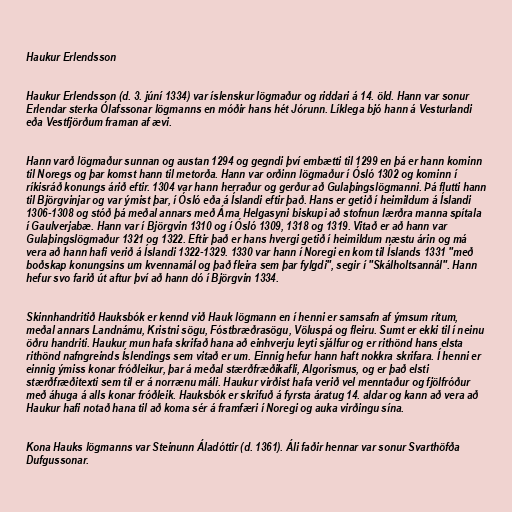
Haukur Erlendsson

Haukur Erlendsson (d. 3. júní 1334) var íslenskur lögmaður og riddari á 14. öld. Hann var sonur
Erlendar sterka Ólafssonar lögmanns en móðir hans hét Jórunn. Líklega bjó hann á Vesturlandi
eða Vestfjörðum framan af ævi.

Hann varð lögmaður sunnan og austan 1294 og gegndi því embætti til 1299 en þá er hann kominn
til Noregs og þar komst hann til metorða. Hann var orðinn lögmaður í Ósló 1302 og kominn í
ríkisráð konungs árið eftir. 1304 var hann herraður og gerður að Gulaþingslögmanni. Þá flutti hann
til Björgvinjar og var ýmist þar, í Ósló eða á Íslandi eftir það. Hans er getið í heimildum á Íslandi
1306-1308 og stóð þá meðal annars með Árna Helgasyni biskupi að stofnun lærðra manna spítala
í Gaulverjabæ. Hann var í Björgvin 1310 og í Ósló 1309, 1318 og 1319. Vitað er að hann var
Gulaþingslögmaður 1321 og 1322. Eftir það er hans hvergi getið í heimildum næstu árin og má
vera að hann hafi verið á Íslandi 1322-1329. 1330 var hann í Noregi en kom til Íslands 1331 "með
boðskap konungsins um kvennamál og það fleira sem þar fylgdi", segir í "Skálholtsannál". Hann
hefur svo farið út aftur því að hann dó í Björgvin 1334.

Skinnhandritið Hauksbók er kennd við Hauk lögmann en í henni er samsafn af ýmsum ritum,
meðal annars Landnámu, Kristni sögu, Fóstbræðrasögu, Völuspá og fleiru. Sumt er ekki til í neinu
öðru handriti. Haukur mun hafa skrifað hana að einhverju leyti sjálfur og er rithönd hans elsta
rithönd nafngreinds Íslendings sem vitað er um. Einnig hefur hann haft nokkra skrifara. Í henni er
einnig ýmiss konar fróðleikur, þar á meðal stærðfræðikafli, Algorismus, og er það elsti
stærðfræðitexti sem til er á norrænu máli. Haukur virðist hafa verið vel menntaður og fjölfróður
með áhuga á alls konar fróðleik. Hauksbók er skrifuð á fyrsta áratug 14. aldar og kann að vera að
Haukur hafi notað hana til að koma sér á framfæri í Noregi og auka virðingu sína.

Kona Hauks lögmanns var Steinunn Áladóttir (d. 1361). Áli faðir hennar var sonur Svarthöfða
Dufgussonar.